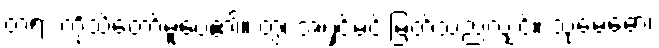
တရားကိုသိတော်မူပေ၏။ တွံ၊ အရှင်မင်းမြတ်သည်လျှင်။ သုမေဓော၊